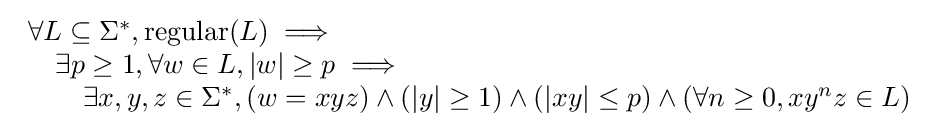
{\begin{array}{l}\forall L\subseteq \Sigma ^{*},{\mbox{regular}}(L)\implies \\\quad \exists p\geq 1,\forall w\in L,|w|\geq p\implies \\\qquad \exists x,y,z\in \Sigma ^{*},(w=xyz)\land (|y|\geq 1)\land (|xy|\leq p)\land (\forall n\geq 0,xy^{n}z\in L)\end{array}}